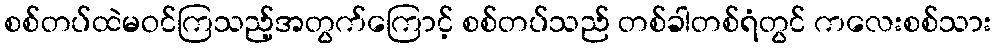
စစ်တပ်ထဲမဝင်ကြသည့်အတွက်ကြောင့် စစ်တပ်သည် တစ်ခါတစ်ရံတွင် ကလေးစစ်သား